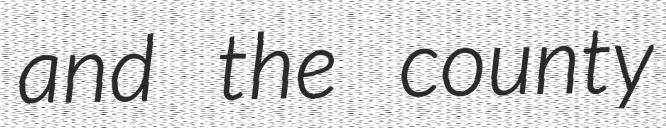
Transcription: and the county